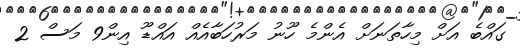
ގައްބެ އަށް މިހާތަނަށް އެންމެ ހޫނު މަރުހަބާއެއް އައްޑޫ އިން9 މަސް 2